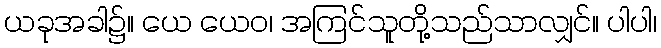
ယခုအခါ၌။ ယေ ယေဝ၊ အကြင်သူတို့သည်သာလျှင်။ ပါပါ၊